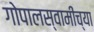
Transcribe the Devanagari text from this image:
गोपालस्वामींच्या